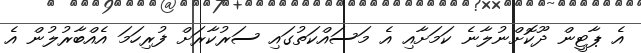
އެ ޕާޓީން ދޫކޮށްނުލާނެ ކަމަށާއި އެ މަސައްކަތުގައި ސަރުކާރަށް ފުރިހަމަ އެއްބާރުލުން އެ